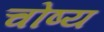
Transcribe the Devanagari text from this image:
चोष्य